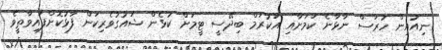
ނިއުއިން ހުރަސް ނާޅާނެ ކަމަށާއި އަކުރަމް ބިދޭސީ ޓީމަށް ކުޅެން ޝައުގުވެރިކަން ފާޅުކޮށްފައިވާތީވެ